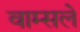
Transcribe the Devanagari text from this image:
वाम्सले